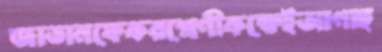
জাভানফেকরশ্রেণীকক্ষেইআগাছ